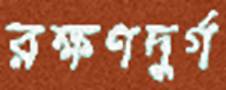
রক্ষণদুর্গ